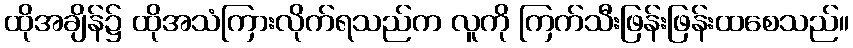
ထိုအချိန်၌ ထိုအသံကြားလိုက်ရသည်က လူကို ကြက်သီးဖြန်းဖြန်းထစေသည်။